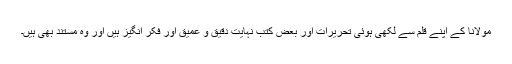
مولانا کے اپنے قلم سے لکھی ہوئی تحریرات اور بعض کتب نہایت دقیق و عمیق اور فکر انگیز ہیں اور وہ مستند بھی ہیں۔